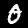
Digit: 0